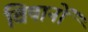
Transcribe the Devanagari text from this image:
विषानों